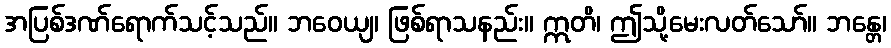
အပြစ်ဒဏ်ရောက်သင့်သည်။ ဘဝေယျ၊ ဖြစ်ရာသနည်း။ ဣတိ၊ ဤသို့မေးလတ်သော်။ ဘန္တေ၊